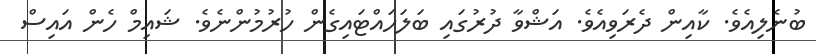
ބުނެލިއެވެ. ކާއިން ދެރަވިއެވެ. އަޝްވާ ދުރުގައި ބަލަހައްޓައިގެން ހުރުމުންނެވެ. ޝައިމް ހެން އައިސް